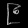
Digit: ၉